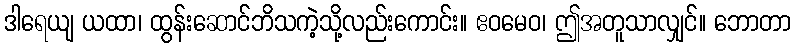
ဒါရေယျ ယထာ၊ ထွန်းဆောင်ဘိသကဲ့သို့လည်းကောင်း။ ဧဝမေဝ၊ ဤအတူသာလျှင်။ ဘောတာ